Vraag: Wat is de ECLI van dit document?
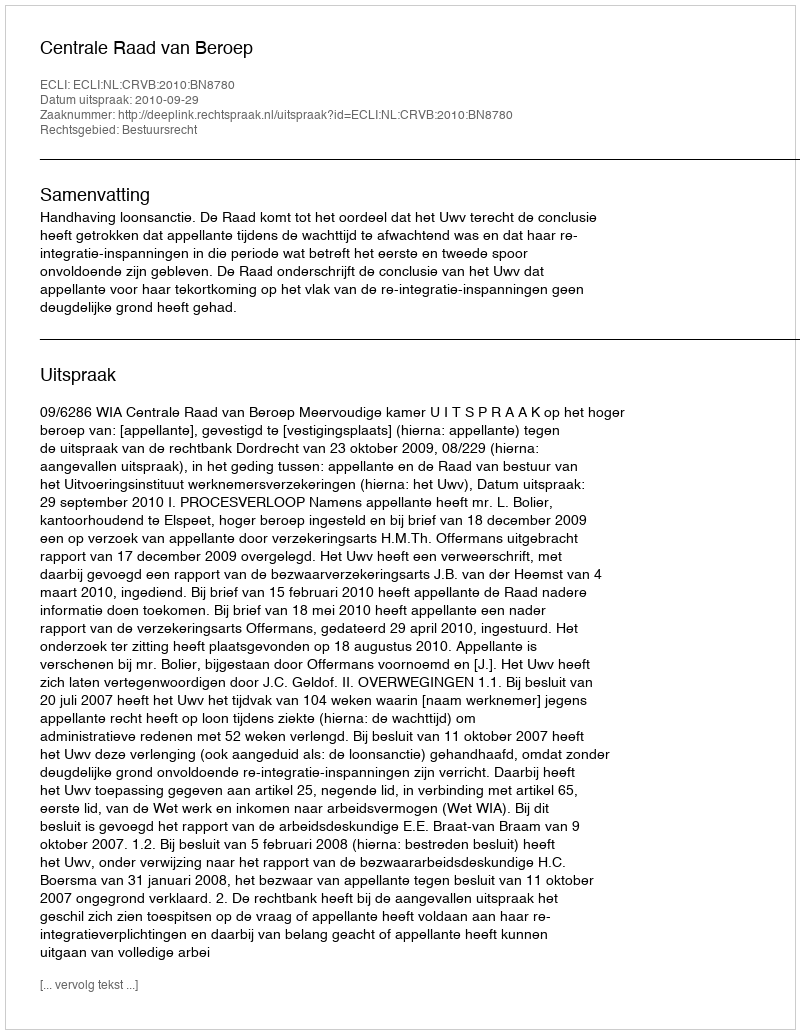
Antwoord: ECLI:NL:CRVB:2010:BN8780